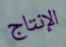
الإنتاج